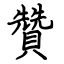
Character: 贊